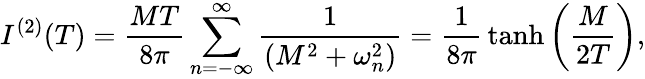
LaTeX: I^{(2)}(T)={\frac{MT}{8\pi}}\sum_{n=-\infty}^{\infty}{\frac{1}{\left(M^{2}+\omega_{n}^{2}\right)}}={\frac{1}{8\pi}}\operatorname{tanh}\left({\frac{M}{2T}}\right),